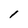
Character: l